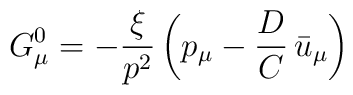
G^{0}_{\mu} =  -{\xi\over p^2}\left(p_{\mu} - {D\over C}\,\bar{u}_{\mu}\right)